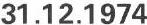
31.12.1974